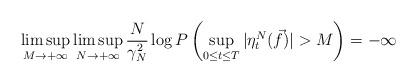
LaTeX: \begin{align*}\limsup_{M\rightarrow+\infty}\limsup_{N\rightarrow+\infty}\frac{N}{\gamma^2_N}\log P\left(\sup_{0\leq t\leq T}|\eta_t^N(\vec{f})|>M\right)=-\infty\end{align*}